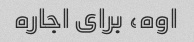
اوه، برای اجاره